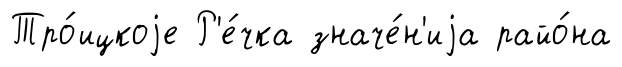
Тро́ицкоjе Р'е́чка значе́н'иjа райо́на